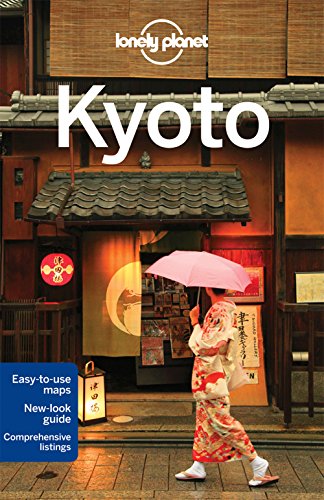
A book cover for Lonely Planet Kyoto (Travel Guide); Lonely Planet; Travel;